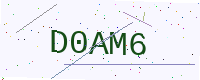
Text: D0AM6